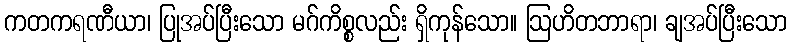
ကတကရဏီယာ၊ ပြုအပ်ပြီးသော မဂ်ကိစ္စလည်း ရှိကုန်သော။ ဩဟိတဘာရာ၊ ချအပ်ပြီးသော